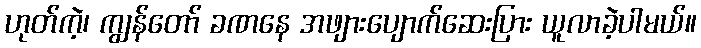
ဟုတ်ကဲ့၊ ကျွန်တော် ခဏနေ အဖျားပျောက်ဆေးပြား ယူလာခဲ့ပါမယ်။